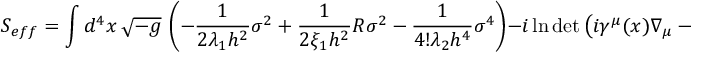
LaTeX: S _ { e f f } = \int d ^ { 4 } x \, \sqrt { - g } \, \left( - \frac { 1 } { 2 \lambda _ { 1 } h ^ { 2 } } \sigma ^ { 2 } + \frac { 1 } { 2 \xi _ { 1 } h ^ { 2 } } R \sigma ^ { 2 } - \frac { 1 } { 4 ! \lambda _ { 2 } h ^ { 4 } } \sigma ^ { 4 } \right) - i \ln \operatorname * { d e t } \left( i \gamma ^ { \mu } ( x ) \nabla _ { \mu } - \sigma \right) ,